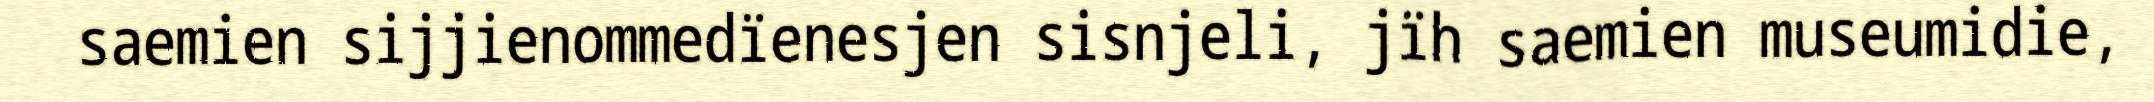
saemien sijjienommedïenesjen sisnjeli, jïh saemien museumidie,